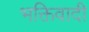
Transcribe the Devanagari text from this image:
भक्तिवादी